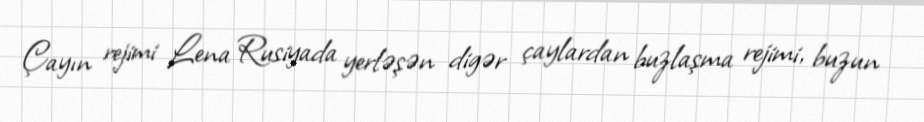
Çayın rejimi Lena Rusiyada yerləşən digər çaylardan buzlaşma rejimi, buzun